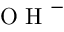
\mathrm { ~ O ~ H ~ } ^ { - }